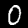
Label: 0